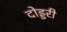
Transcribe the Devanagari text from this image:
दोड्डरी